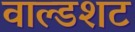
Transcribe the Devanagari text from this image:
वाल्डशट